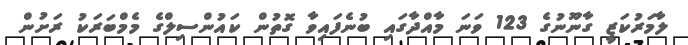
ލާމަރުކަޒީ ގާނޫނުގެ 123 ވަނަ މާއްދާގައި ބުނެފައިވާ ގޮތުން ކައުންސިލްގެ މެމްބަރަކު ރަށުން